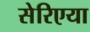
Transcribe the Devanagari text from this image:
सेरिएया